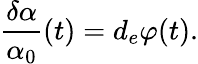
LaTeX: \frac{\delta\alpha}{\alpha_{0}}(t)=d_{e}\varphi(t).